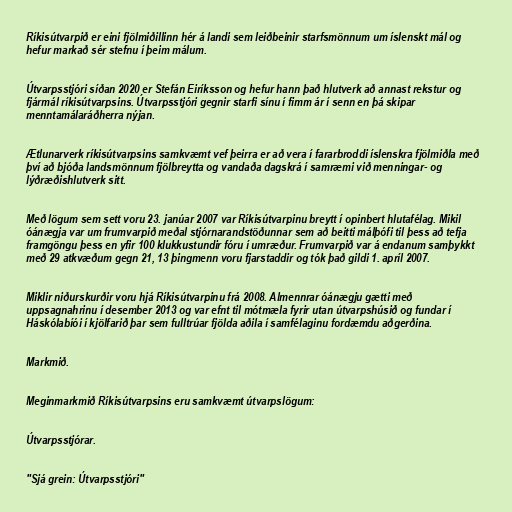
Ríkisútvarpið er eini fjölmiðillinn hér á landi sem leiðbeinir starfsmönnum um íslenskt mál og
hefur markað sér stefnu í þeim málum.

Útvarpsstjóri síðan 2020 er Stefán Eiríksson og hefur hann það hlutverk að annast rekstur og
fjármál ríkisútvarpsins. Útvarpsstjóri gegnir starfi sínu í fimm ár í senn en þá skipar
menntamálaráðherra nýjan.

Ætlunarverk ríkisútvarpsins samkvæmt vef þeirra er að vera í fararbroddi íslenskra fjölmiðla með
því að bjóða landsmönnum fjölbreytta og vandaða dagskrá í samræmi við menningar- og
lýðræðishlutverk sitt.

Með lögum sem sett voru 23. janúar 2007 var Ríkisútvarpinu breytt í opinbert hlutafélag. Mikil
óánægja var um frumvarpið meðal stjórnarandstöðunnar sem að beitti málþófi til þess að tefja
framgöngu þess en yfir 100 klukkustundir fóru í umræður. Frumvarpið var á endanum samþykkt
með 29 atkvæðum gegn 21, 13 þingmenn voru fjarstaddir og tók það gildi 1. apríl 2007.

Miklir niðurskurðir voru hjá Ríkisútvarpinu frá 2008. Almennrar óánægju gætti með
uppsagnahrinu í desember 2013 og var efnt til mótmæla fyrir utan útvarpshúsið og fundar í
Háskólabíói í kjölfarið þar sem fulltrúar fjölda aðila í samfélaginu fordæmdu aðgerðina.

Markmið.

Meginmarkmið Ríkisútvarpsins eru samkvæmt útvarpslögum:

Útvarpsstjórar.

"Sjá grein: Útvarpsstjóri"